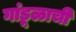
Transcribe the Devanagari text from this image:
गांडूळाची